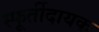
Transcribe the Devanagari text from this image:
स्फूर्तीदायक